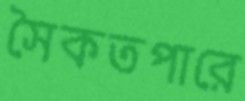
সৈকতপারে